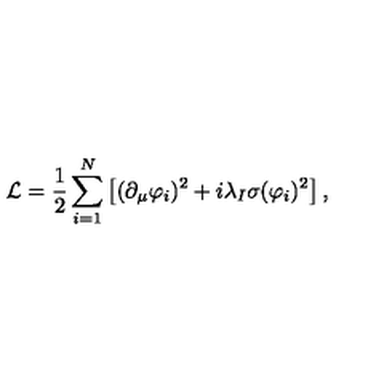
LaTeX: \mathcal { L } = { \frac { 1 } { 2 } } \sum _ { i = 1 } ^ { N } \left[ ( \partial _ { \mu } \varphi _ { i } ) ^ { 2 } + i \lambda _ { I } \sigma ( \varphi _ { i } ) ^ { 2 } \right] ,